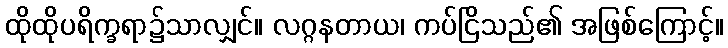
ထိုထိုပရိက္ခရာ၌သာလျှင်။ လဂ္ဂနတာယ၊ ကပ်ငြိသည်၏ အဖြစ်ကြောင့်။